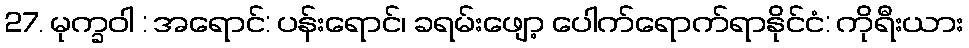
27. မုက္ခဝါ : အရောင်: ပန်းရောင်၊ ခရမ်းဖျော့ ပေါက်ရောက်ရာနိုင်ငံ: ကိုရီးယား